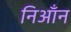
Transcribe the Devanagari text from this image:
निआँन